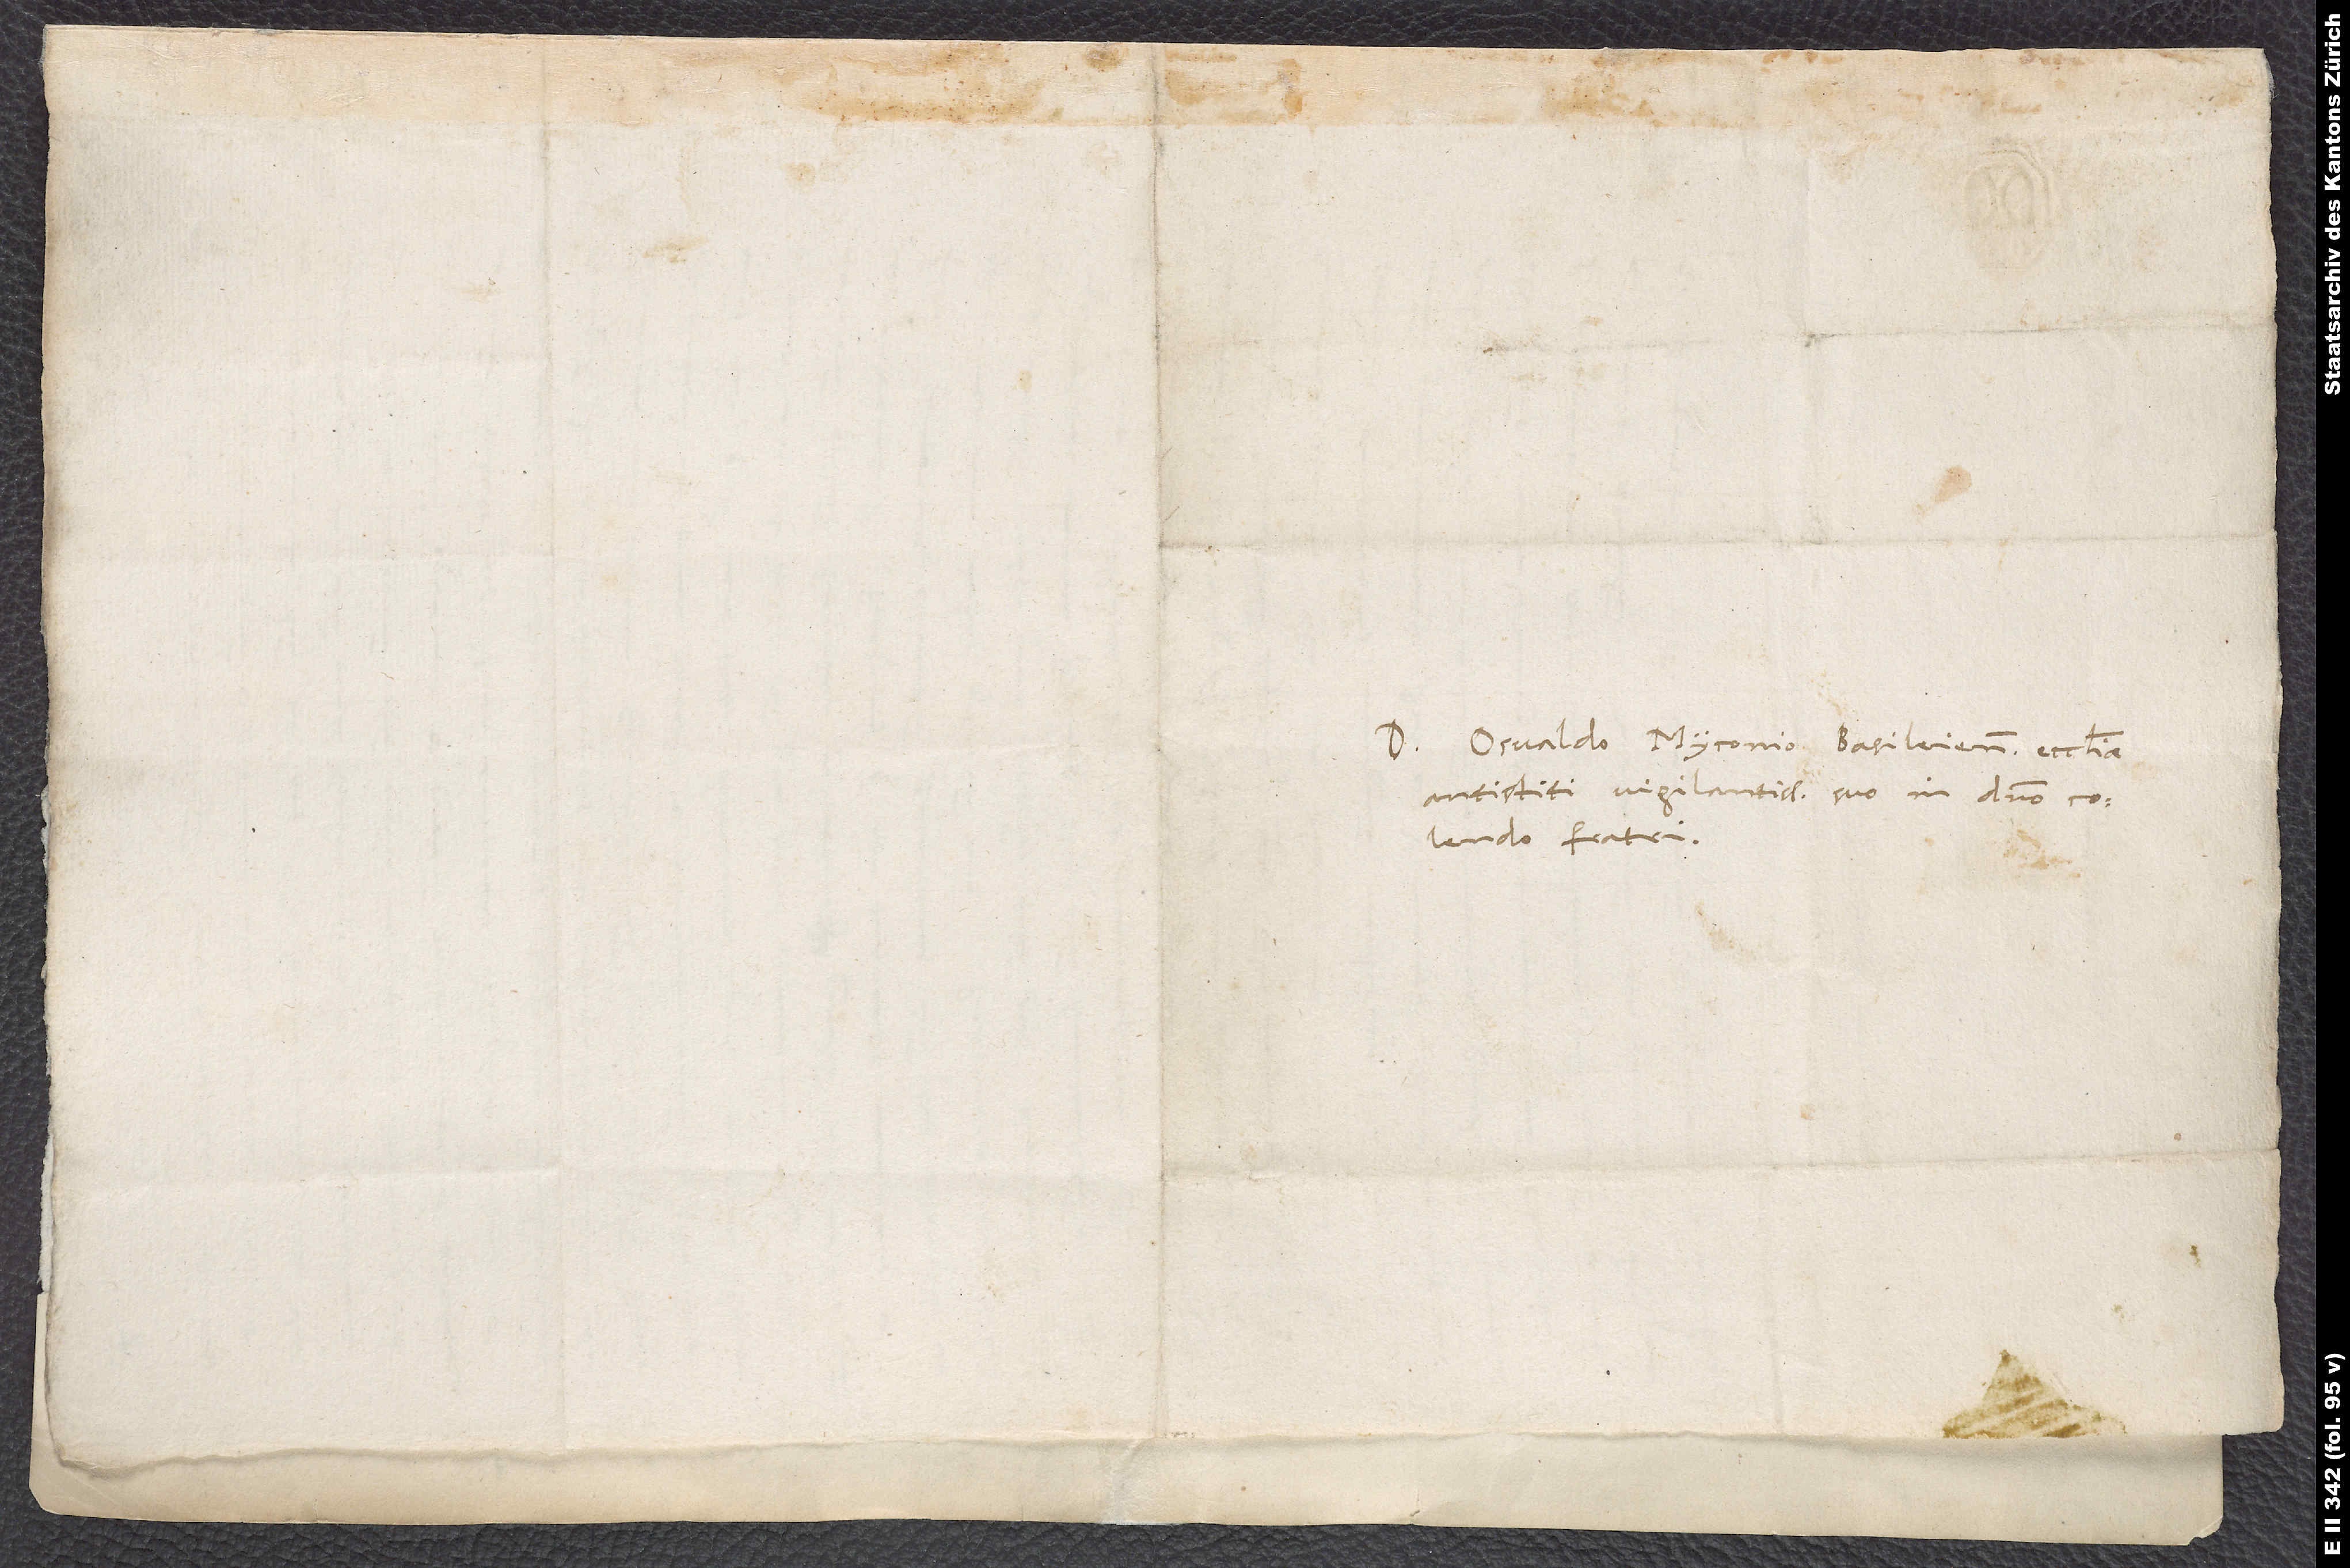
Domino Osvaldo Myconio, Basileiensis ecclesiae
antistiti vigilantissimo, suo in domino
colendo fratri.